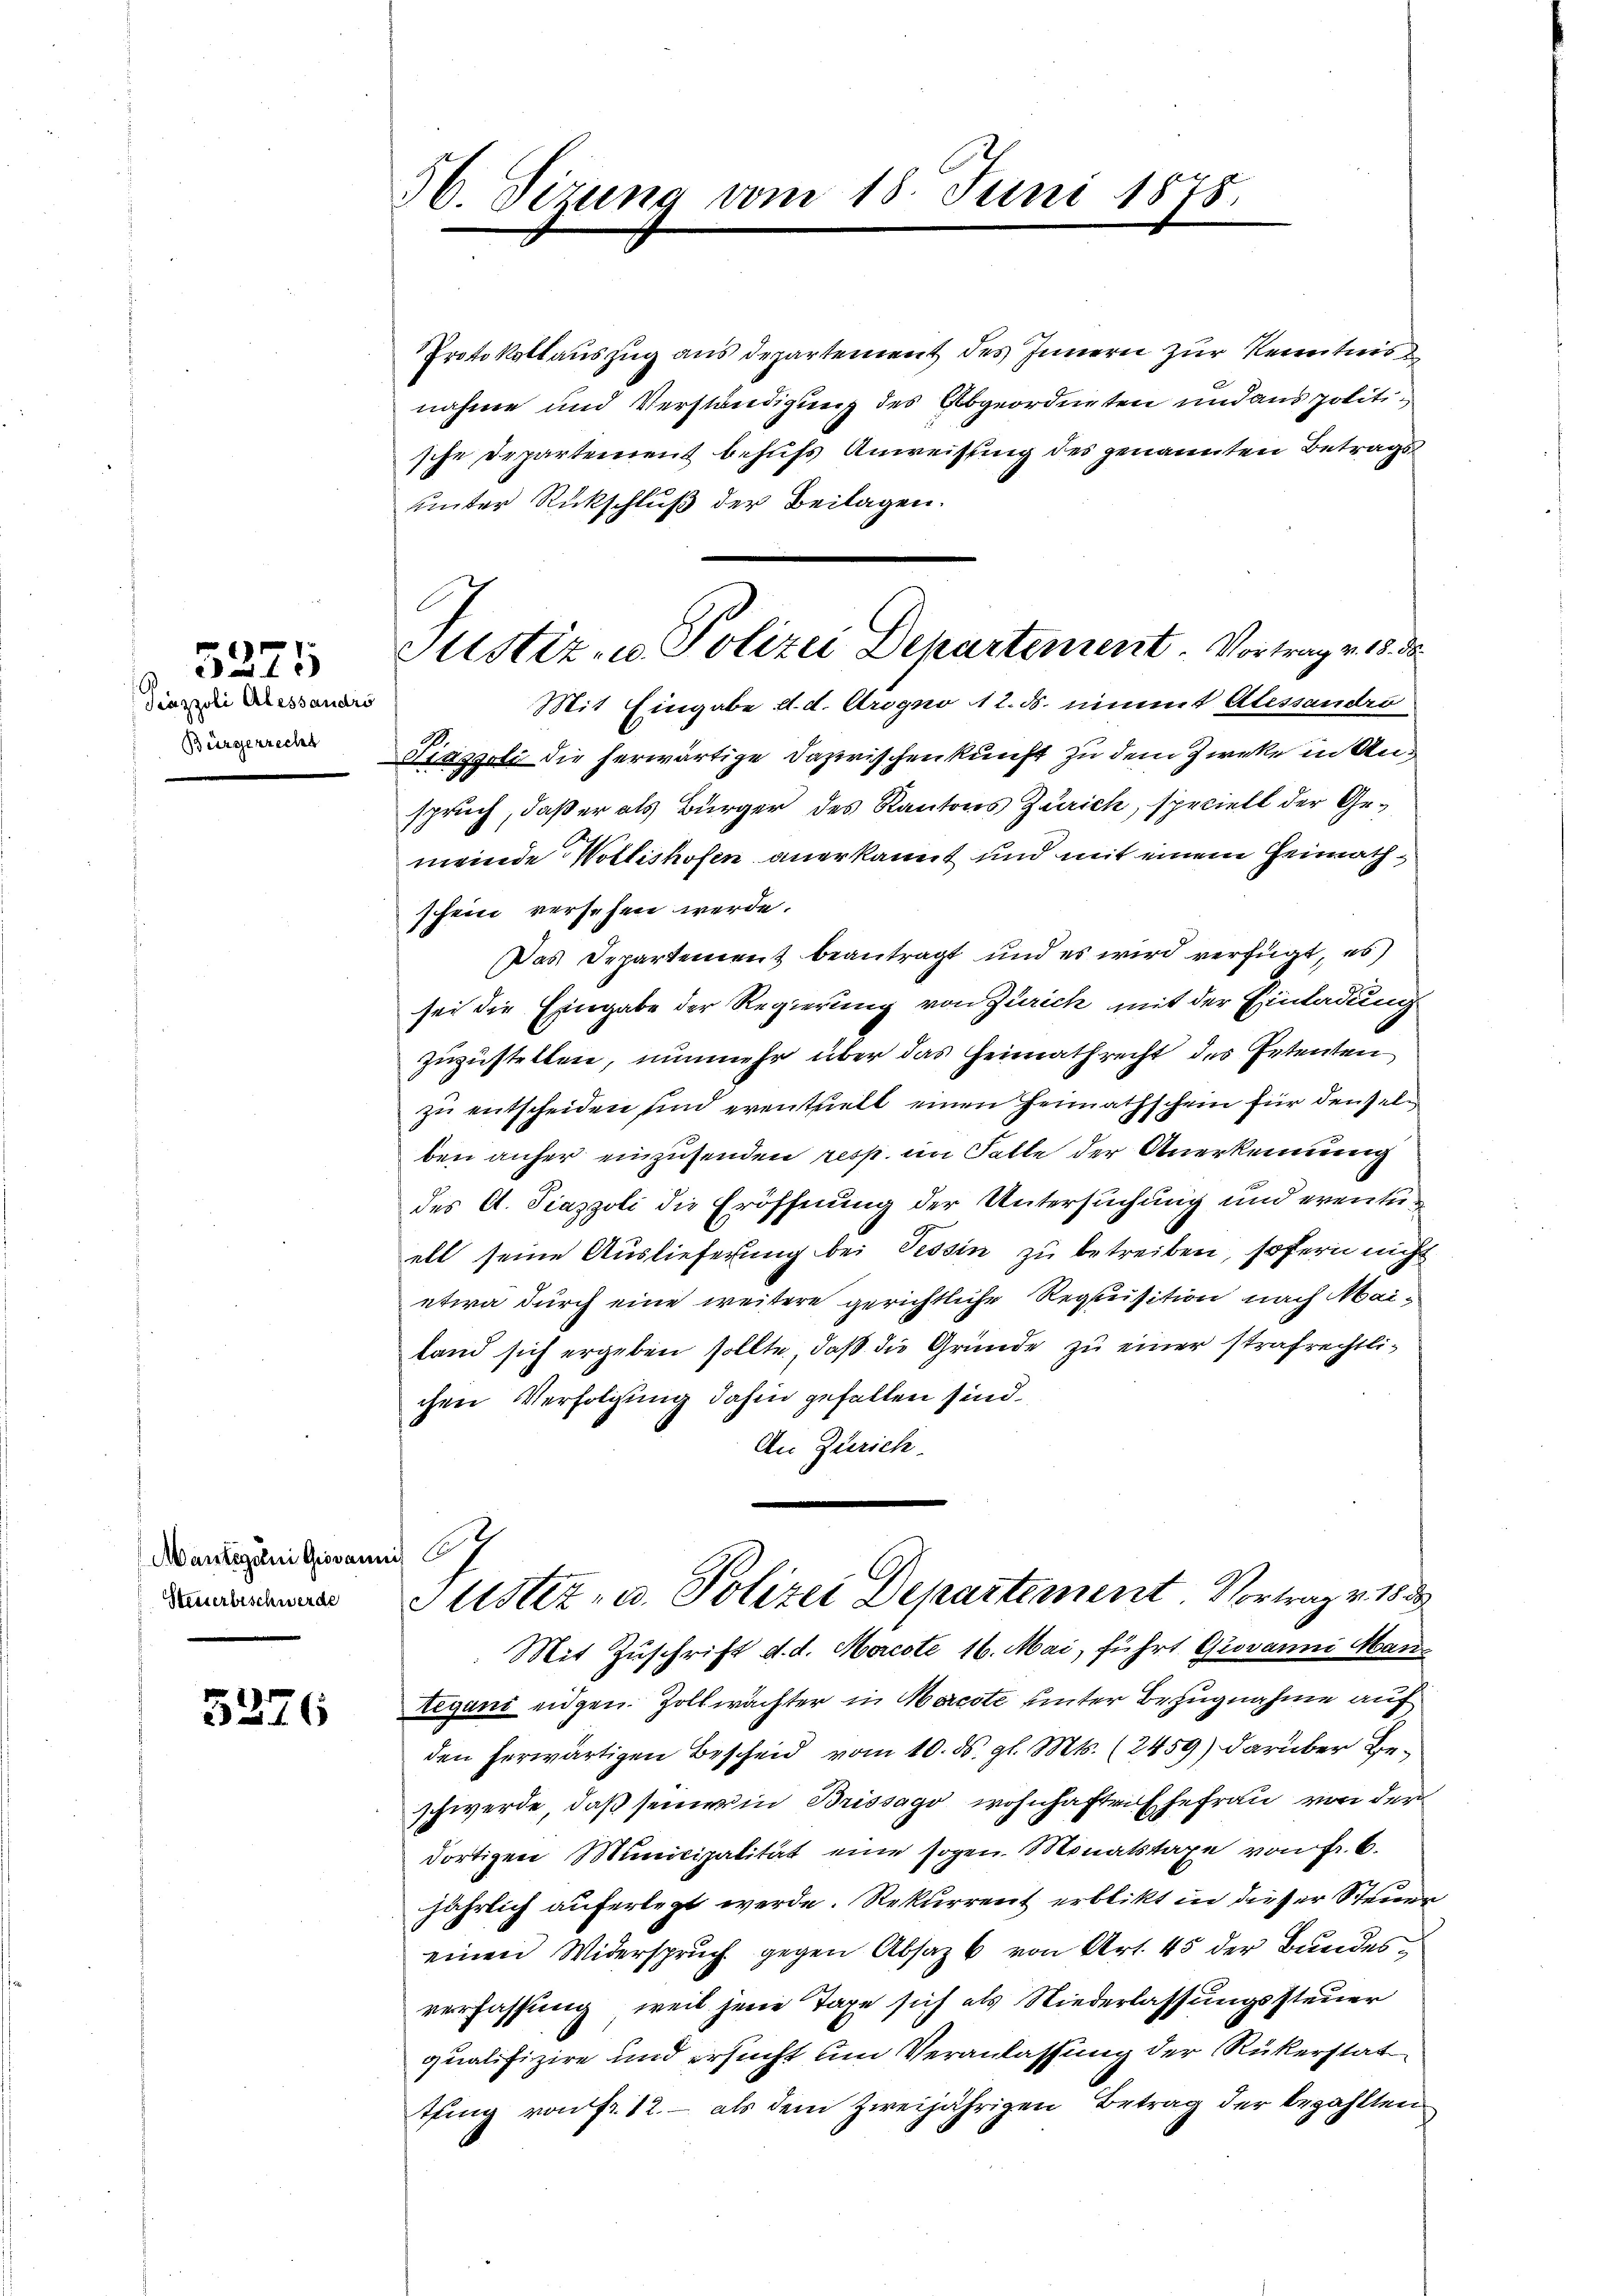
Piazzoli Alessandro
Bürgerrecht

3275

Mantegani Giovanni 7
Steuerbeschwerde

5326

56. Sizung vom 15. Juni 1878

Justiz- u. Polizei Departement Vortrag v. 18. d.

Protokollauszug aus departement des Innern zur Kenntnis
nahme und Verständigung des Abgeordneten und aus politische Departement behufs Anweisung des genannten Betragsunter Rückschluß der Beilagen.
Mit Eingabe d. d. Arogno 12. ds. nimmt Alessandro
Piaggoli die herwärtige Dazwischenkunft zu dem Zwecke in Anspruch, daß er als Bürger des Kantons Zürich, speciell der Gemeinde Wollishofen anerkannt und mit einem Heimathschein versehen werde.
Das Departement beantragt und es wird verfügt, es
sei die Eingabe der Regierung von Zürich mit der Einladung
zuzustellen, nunmehr über das Heimathrecht des Petenten
zu entscheiden und eventuell einen Heimathschein für denselben anher einzusenden resst im Falle der Anerkennung
des A. Piazzoli die Eröffnung der Untersuchung und eventuell seine Auslieferung bei Tessin zu betreiben, sofern nicht
etwa durch eine weitere gerichtliche Requisition nach Maifand sich ergeben sollte, daß die Gründe zu einer strafrechtlichen Verfolgung dahin gefallen sind.
An Zürich.
Justiz- u. Polizei Departement Vortrag v. 1853
Mit Zuschrift d. d. Morcote 16. Mai, führt Giovanni Man
tegani eidgen. Zollwächter in Machte unter Bezugnahme auf
den herwärtigen Bescheid vom 10. ds. gl. Mts. (2459) darüber Beschwerde, daß seiner in Brissago wohnhaften hefrau von der
dortigen Municipalität eine sogen Monatstaxe von Fr. 6.
jährlich auferlegt werde. Rekurrent erblikt in dieser Steue
einen Widerspruch gegen Absaz 6 von Art. 45 der Bundesverfassung, weil jene Tage sich als Niederlassungssteuer
qualifizire und ersucht um Veranlassung der Rükerstat
thing von Fr. 12. – als dem zweijährigen Betrag der bezahlten